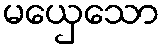
မယှေသော